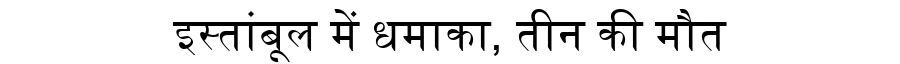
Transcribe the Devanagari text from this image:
इस्तांबूल में धमाका, तीन की मौत